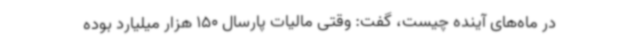
در ماه‌های آینده چیست، گفت: وقتی مالیات پارسال 150 هزار میلیارد بوده